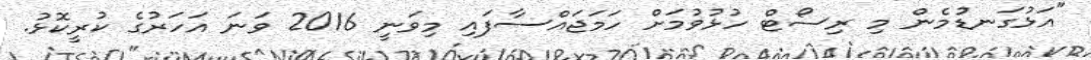
"އަޅުގަނޑުމެން މި ރިސޯޓް ހުޅުވުމަށް ހަމަޖައްސާފައި މިވަނީ 2016 ވަނަ އަހަރުގެ ކުރީކޮޅު.